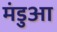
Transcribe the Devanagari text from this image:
मंडुआ